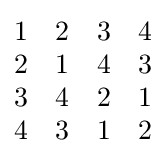
{\begin{matrix}1&2&3&4\\2&1&4&3\\3&4&2&1\\4&3&1&2\end{matrix}}